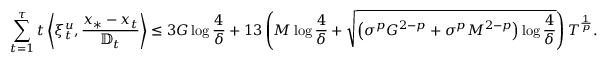
\sum _ { t = 1 } ^ { \tau } t \left\langle \xi _ { t } ^ { u } , \frac { x _ { * } - x _ { t } } { \mathbb { D } _ { t } } \right\rangle \leq 3 G \log \frac { 4 } { \delta } + 1 3 \left( M \log \frac { 4 } { \delta } + \sqrt { \left( \sigma ^ { p } G ^ { 2 - p } + \sigma ^ { p } M ^ { 2 - p } \right) \log \frac { 4 } { \delta } } \right) T ^ { \frac { 1 } { p } } .